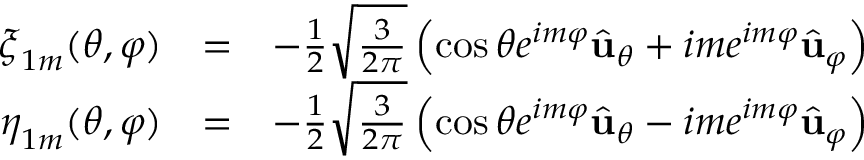
\begin{array} { r l r } { \boldsymbol { \xi } _ { 1 m } ( \theta , \varphi ) } & { = } & { - \frac { 1 } { 2 } \sqrt { \frac { 3 } { 2 \pi } } \left( \cos \theta e ^ { i m \varphi } \hat { { \bf u } } _ { \theta } + i m e ^ { i m \varphi } \hat { { \bf u } } _ { \varphi } \right) } \\ { \boldsymbol { \eta } _ { 1 m } ( \theta , \varphi ) } & { = } & { - \frac { 1 } { 2 } \sqrt { \frac { 3 } { 2 \pi } } \left( \cos \theta e ^ { i m \varphi } \hat { { \bf u } } _ { \theta } - i m e ^ { i m \varphi } \hat { { \bf u } } _ { \varphi } \right) } \end{array}